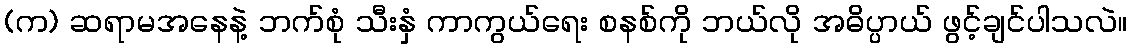
(က) ဆရာမအနေနဲ့ ဘက်စုံ သီးနှံ ကာကွယ်ရေး စနစ်ကို ဘယ်လို အဓိပ္ပာယ် ဖွင့်ချင်ပါသလဲ။